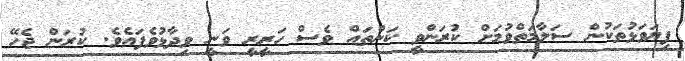
ފިޔަވަޅުތަކުން ސަލާމަތްވުމަަށް ކުރަންވީ ކަންތައް ވެސް ހަރީރީ ވަނީ ވިދާޅުވެފައެވެ. ކުރަން ޖެހޭ